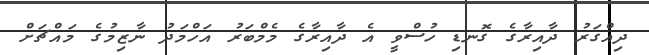
ދިއްގަރު ދާއިރާގެ ގޮނޑި ހުސްވީ އެ ދާއިރާގެ މެމްބަރު އަހްމަދު ނާޒިމުގެ މައްޗަށް